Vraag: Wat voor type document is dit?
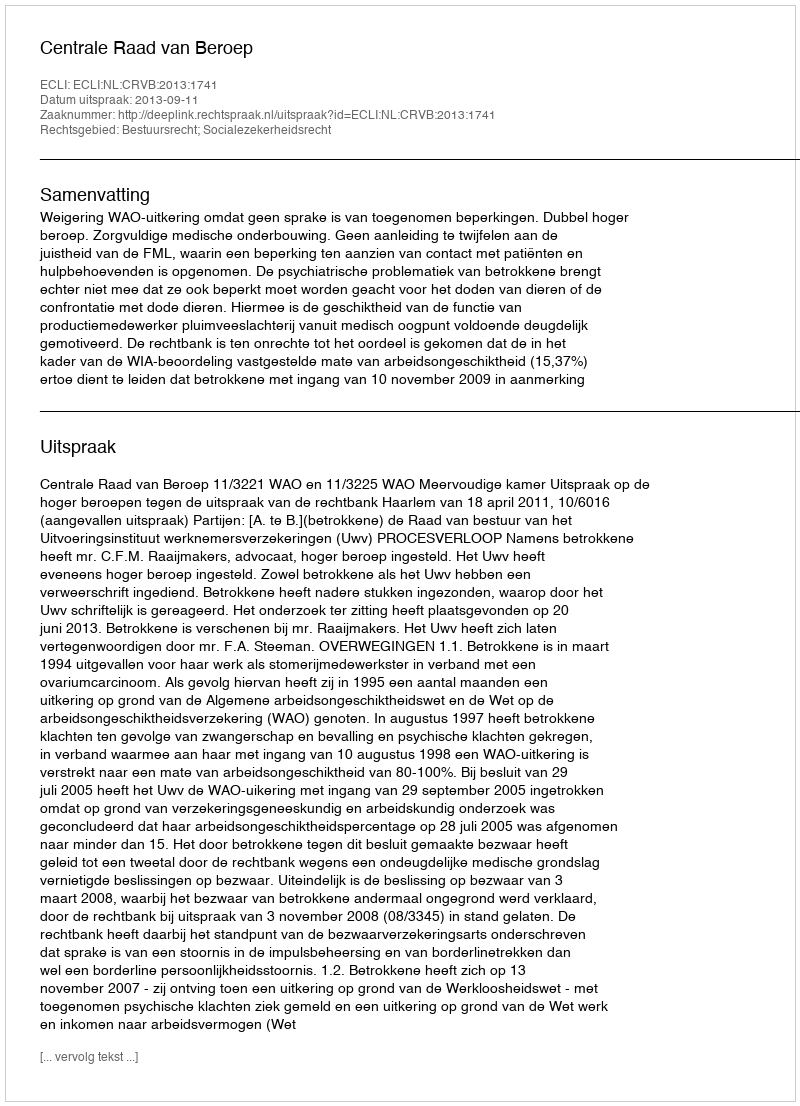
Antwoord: Uitspraak